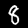
Label: 8